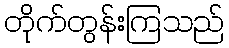
တိုက်တွန်းကြသည်